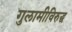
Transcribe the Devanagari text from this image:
गुलामीविरुद्ध